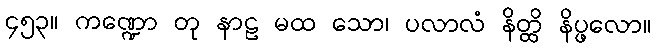
၄၅၃။ ကဏ္ဍော တု နာဠ မထ သော၊ ပလာလံ နိတ္ထိ နိပ္ဖလော။